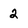
Character: 2